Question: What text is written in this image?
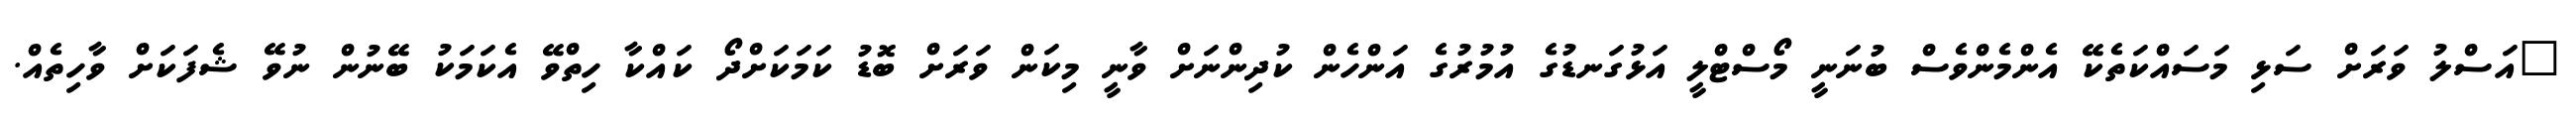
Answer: "އަސްލު ވަރަށް ސަޅި މަސައްކަތެކޭ އެންމެންވެސް ބުނަނީ މޯސްޓްލީ އަޅުގަނޑުގެ އުމުރުގެ އަންހެން ކުދިންނަށް ވާނީ މިކަން ވަރަށް ބޮޑު ކަމަކަށްދޯ ކައްކާ ހިތްވޭ އެކަމަކު ބޭނުން ނުވޭ ޝެފަކަށް ވާހިތެއް.